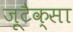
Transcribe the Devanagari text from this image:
ज़ूटैक्सा